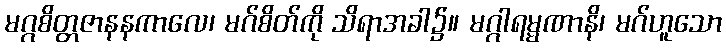
မဂ္ဂစိတ္တဇာနနကာလေ၊ မဂ်စိတ်ကို သိရာအခါ၌။ မဂ္ဂါရမ္မဏာနိ၊ မဂ်ဟူသော